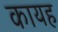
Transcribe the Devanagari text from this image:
कायह